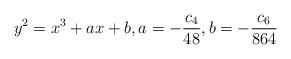
LaTeX: \begin{align*} y^2 = x^3 + a x + b,a = -\frac{c_4}{48}, b = -\frac{c_6}{864}\end{align*}